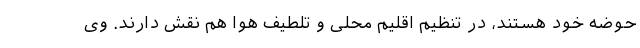
حوضه خود هستند، در تنظیم اقلیم محلی و تلطیف هوا هم نقش دارند. وی